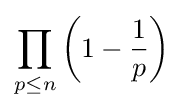
\prod _{p\leq n}\left(1-{\frac {1}{p}}\right)